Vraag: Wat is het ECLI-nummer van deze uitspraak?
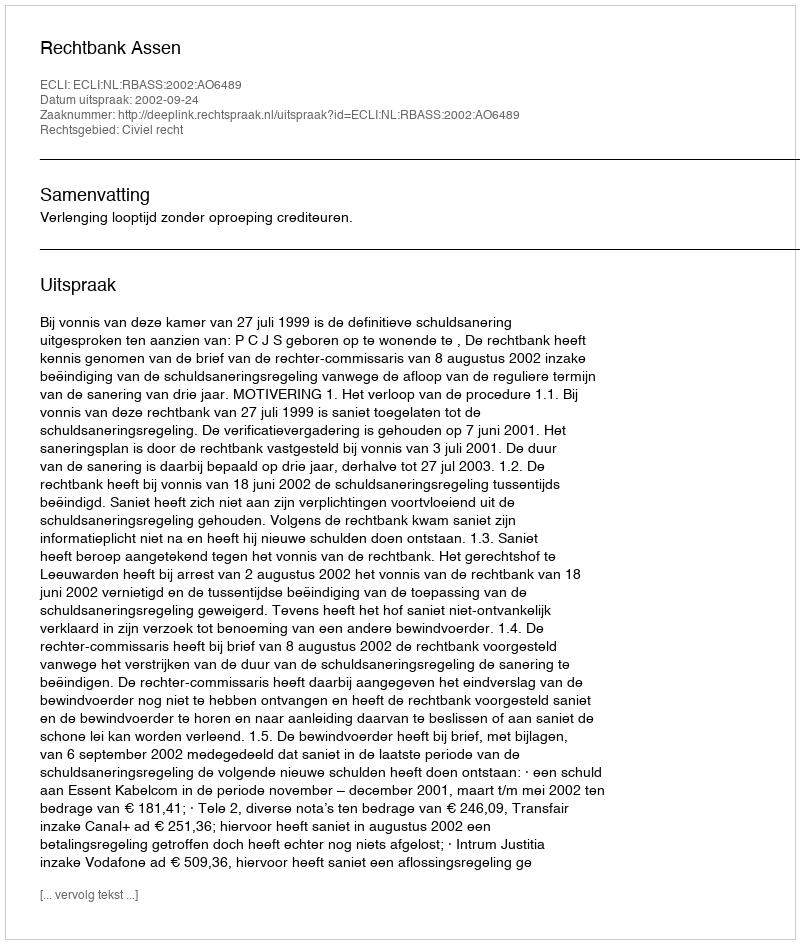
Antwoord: ECLI:NL:RBASS:2002:AO6489